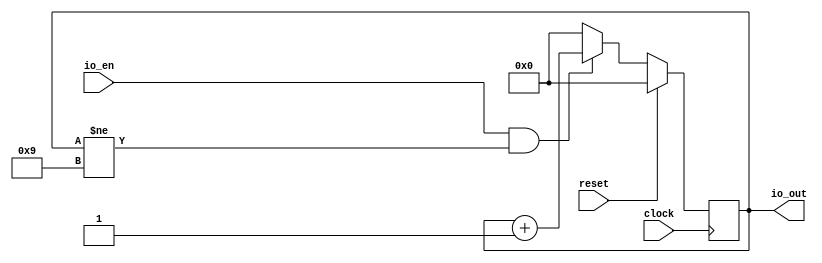
module counter_en(
  input        clock,
  input        reset,
  input        io_en,
  output [3:0] io_out
);
`ifdef RANDOMIZE_REG_INIT
  reg [31:0] _RAND_0;
`endif // RANDOMIZE_REG_INIT
  reg [3:0] count; // @[pass.scala 24:22]
  wire [3:0] _count_T_1 = count + 4'h1; // @[pass.scala 26:21]
  assign io_out = count; // @[pass.scala 30:11]
  always @(posedge clock) begin
    if (reset) begin // @[pass.scala 24:22]
      count <= 4'h0; // @[pass.scala 24:22]
    end else if (io_en & count != 4'h9) begin // @[pass.scala 25:28]
      count <= _count_T_1; // @[pass.scala 26:14]
    end else begin
      count <= 4'h0; // @[pass.scala 28:14]
    end
  end
// Register and memory initialization
`ifdef RANDOMIZE_GARBAGE_ASSIGN
`define RANDOMIZE
`endif
`ifdef RANDOMIZE_INVALID_ASSIGN
`define RANDOMIZE
`endif
`ifdef RANDOMIZE_REG_INIT
`define RANDOMIZE
`endif
`ifdef RANDOMIZE_MEM_INIT
`define RANDOMIZE
`endif
`ifndef RANDOM
`define RANDOM $random
`endif
`ifdef RANDOMIZE_MEM_INIT
  integer initvar;
`endif
`ifndef SYNTHESIS
`ifdef FIRRTL_BEFORE_INITIAL
`FIRRTL_BEFORE_INITIAL
`endif
initial begin
  `ifdef RANDOMIZE
    `ifdef INIT_RANDOM
      `INIT_RANDOM
    `endif
    `ifndef VERILATOR
      `ifdef RANDOMIZE_DELAY
        #`RANDOMIZE_DELAY begin end
      `else
        #0.002 begin end
      `endif
    `endif
`ifdef RANDOMIZE_REG_INIT
  _RAND_0 = {1{`RANDOM}};
  count = _RAND_0[3:0];
`endif // RANDOMIZE_REG_INIT
  `endif // RANDOMIZE
end // initial
`ifdef FIRRTL_AFTER_INITIAL
`FIRRTL_AFTER_INITIAL
`endif
`endif // SYNTHESIS
endmodule